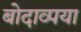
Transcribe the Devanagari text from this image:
बोदाव्पया